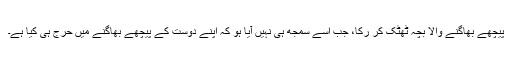
پیچھے بھاگنے والا بچہ ٹھٹک کر رکا، جب اسے سمجھ ہی نہیں آیا ہو کہ اپنے دوست کے پیچھے بھاگنے میں حرج ہی کیا ہے۔